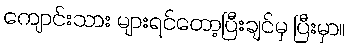
ကျောင်းသား များရင်တော့ပြီးချင်မှ ပြီးမှာ။